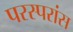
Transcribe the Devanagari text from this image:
परस्परांस